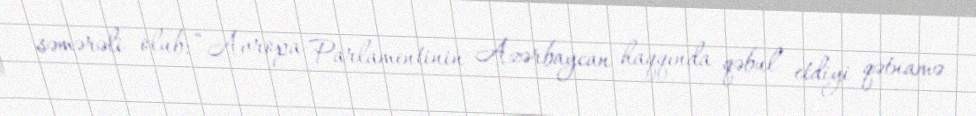
səmərəli olub: “Avropa Parlamentinin Azərbaycan haqqında qəbul etdiyi qətnamə